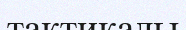
тактикалы